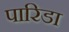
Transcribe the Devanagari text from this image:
पारिडा